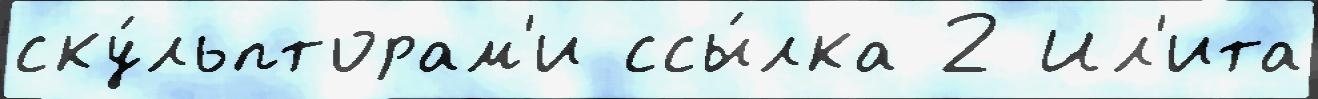
ску́льпторам'и ссы́лка 2 Ил'ита